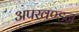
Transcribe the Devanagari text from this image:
अपखण्डन